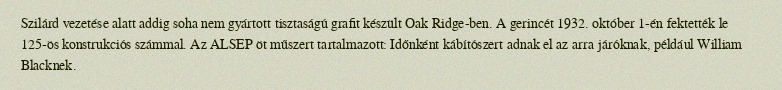
Szilárd vezetése alatt addig soha nem gyártott tisztaságú grafit készült Oak Ridge-ben. A gerincét 1932. október 1-én fektették le 125-ös konstrukciós számmal. Az ALSEP öt műszert tartalmazott: Időnként kábítószert adnak el az arra járóknak, például William Blacknek.